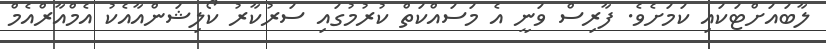
ލާބައަށްޓަކައި ކަމަށެވެ. ފާރިސް ވަނީ އެ މަސައްކަތް ކުރުމުގައި ސަރުކާރު ކޯލިޝަންއާއެކު އެމްއާރްއެމް